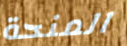
المنحة